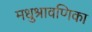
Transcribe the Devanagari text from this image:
मधुश्रावणिका